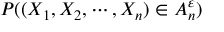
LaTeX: P ( ( X _ { 1 } , X _ { 2 } , \cdots , X _ { n } ) \in A _ { n } ^ { \varepsilon } )